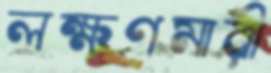
লক্ষণমারী